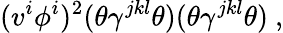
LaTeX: (v^{i}\phi^{i})^{2}(\theta\gamma^{jkl}\theta)(\theta\gamma^{jkl}\theta)~,